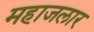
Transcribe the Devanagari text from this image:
महाजलार